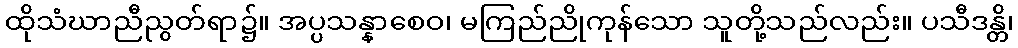
ထိုသံဃာညီညွတ်ရာ၌။ အပ္ပသန္နာစေဝ၊ မကြည်ညိုကုန်သော သူတို့သည်လည်း။ ပသီဒန္တိ၊